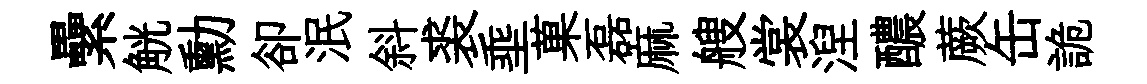
纍觥勳卻泯斜裘埀菓磊麻艘裳湼醲蕨缶詭